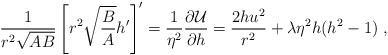
LaTeX: \begin{align*}\frac1{r^2\sqrt{AB}}\left[r^2\sqrt{\frac BA}h'\right]'=\frac1{\eta^2}\frac{\partial {\cal U}}{\partial h}=\frac{2hu^2}{r^2}+\lambda\eta^2 h(h^2-1) \ ,\end{align*}